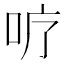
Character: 𭇘